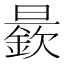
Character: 𱢭